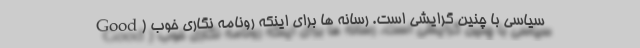
سیاسی با چنین گرایشی است. رسانه ها برای اینکه رونامه نگاری خوب (Good